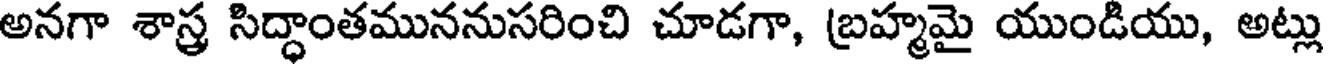
అనగా శాస్త్ర సిద్ధాంతముననుసరించి చూడగా, బ్రహ్మమై యుండియు, అట్లు